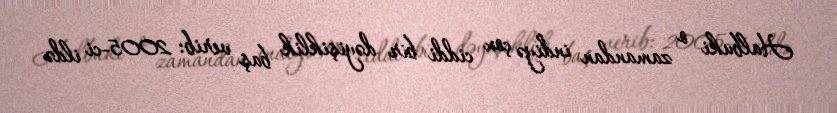
Halbuki o zamandan indiyə çox ciddi bir dəyişiklik baş verib: 2005-ci ildə